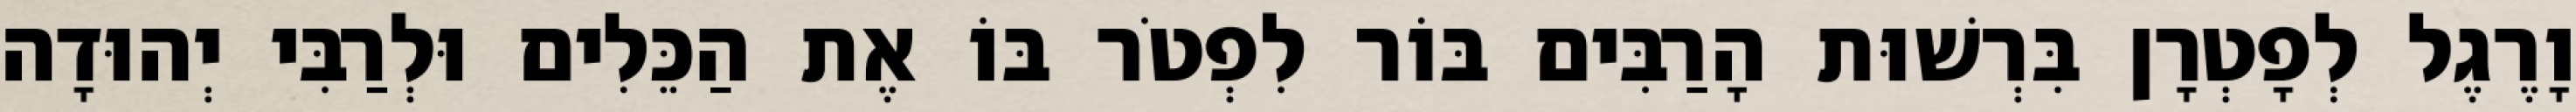
וָרֶגֶל לְפָטְרָן בִּרְשׁוּת הָרַבִּים בּוֹר לִפְטֹר בּוֹ אֶת הַכֵּלִים וּלְרַבִּי יְהוּדָה